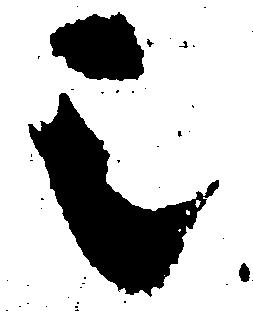
歟